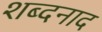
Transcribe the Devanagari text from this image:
शब्दनाद